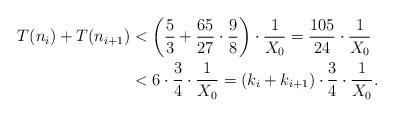
LaTeX: \begin{align*}T(n_i)+T(n_{i+1})&<\left( \frac{5}{3} + \frac{65}{27} \cdot \frac{9}{8}\right)\cdot \frac{1}{X_0} = \frac{105}{24} \cdot \frac{1}{X_0}\\&<6 \cdot \frac{3}{4}\cdot \frac{1}{X_0} = (k_i+k_{i+1}) \cdot \frac{3}{4}\cdot \frac{1}{X_0}.\end{align*}